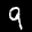
Label: 9